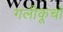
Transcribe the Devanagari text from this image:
गलीकूचों